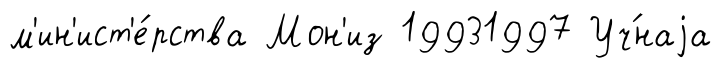
м'ин'ист'е́рства Мон'из 19931997 Уч́наjа